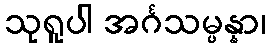
သုရူပါ အင်္ဂသမ္ပန္နာ၊